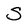
Character: S